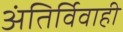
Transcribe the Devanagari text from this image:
अंतिर्विवाही